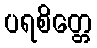
ပရစိတ္တေ